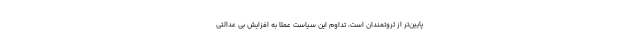
پایین‌تر از ثروتمندان است، تداوم این سیاست عملا به افزایش بی عدالتی